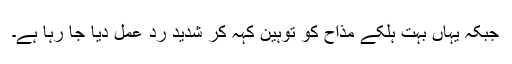
جبکہ یہاں بہت ہلکے مذاح کو توہین کہہ کر شدید رد عمل دیا جا رہا ہے۔